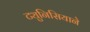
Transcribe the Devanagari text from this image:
ट्युनिसियाने